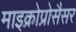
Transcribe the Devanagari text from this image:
माइक्रोप्रोसैसर